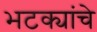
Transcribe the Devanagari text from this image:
भटक्यांचे